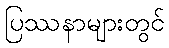
ပြဿနာများတွင်